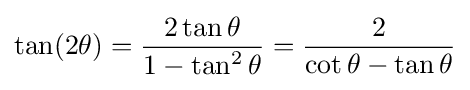
\tan(2\theta )={\frac {2\tan \theta }{1-\tan ^{2}\theta }}={\frac {2}{\cot \theta -\tan \theta }}